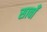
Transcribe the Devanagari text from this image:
सावाँ